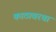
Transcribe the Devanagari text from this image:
काठावरचा